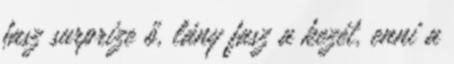
fasz surprize ő, lány fasz a kezét, enni a